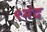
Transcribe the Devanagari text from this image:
९मंद